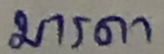
มารดา